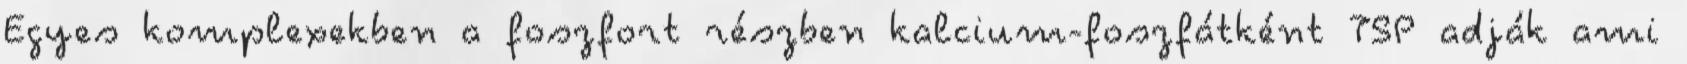
Egyes komplexekben a foszfort részben kalcium-foszfátként TSP adják ami